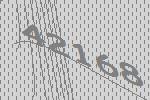
42168